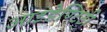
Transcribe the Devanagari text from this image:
आइडेण्टिटी